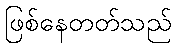
ဖြစ်နေတတ်သည်